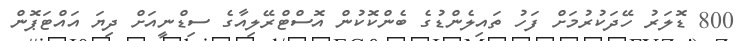
800 ޑޮލަރު ހޭދަކުރުމަށް ފަހު ތައިލެންޑުގެ ބެންކޮކުން އޮސްޓްރޭލިއާގެ ސިޑްނީއަށް ދިޔަ އައްޓަޕޮން